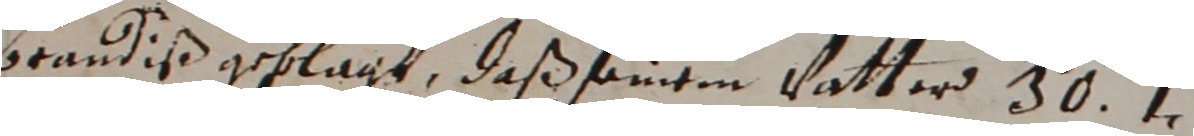
braudiß geklagt, daß seinem vatter 30 t.